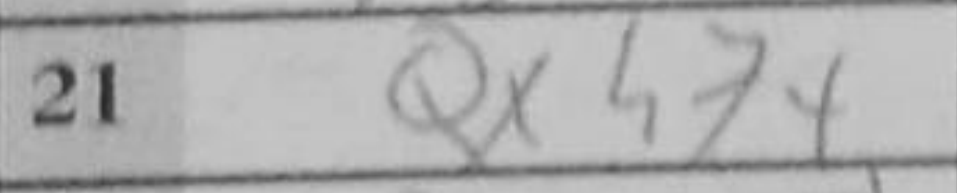
Transcription: Qxh7+